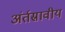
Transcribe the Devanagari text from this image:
अंर्तस्रावीय